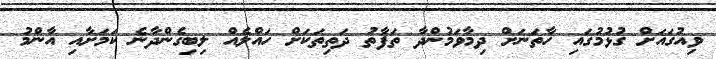
ވިއުގައަށް ގުޅުމުގައި ހާތަނަށް ދިމާވަމުންދާ ތަފާތު ދަތިތަކަށް ހައްލެއް ލިބިގެންދާނެ ކަމަށާއި އާންމު